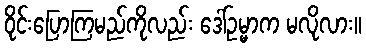
ဝိုင်းပြောကြမည်ကိုလည်း ဒေါ်ဥမ္မာက မလိုလား။